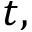
t ,